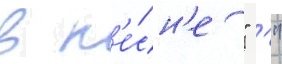
в п'е́сн'е " '"